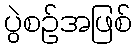
ပွဲစဉ်အဖြစ်